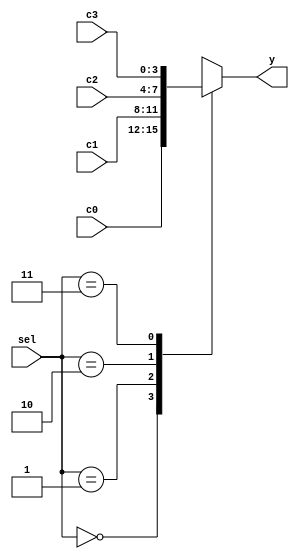
module data_selector(c0, c1, c2, c3, sel, y);
    input wire [1:0] sel;
    input wire [3:0] c0, c1, c2, c3; 
    output reg [3:0] y;
    
    always @(sel or c0 or c1 or c2 or c3) begin
        case (sel)
        2'b00: y = c0;
        2'b01: y = c1;
        2'b10: y = c2;
        2'b11: y = c3;
        endcase
    end
endmodule